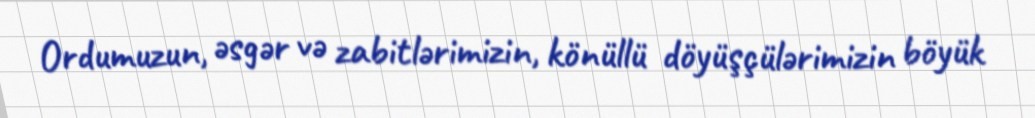
Ordumuzun, əsgər və zabitlərimizin, könüllü döyüşçülərimizin böyük